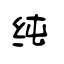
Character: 纯